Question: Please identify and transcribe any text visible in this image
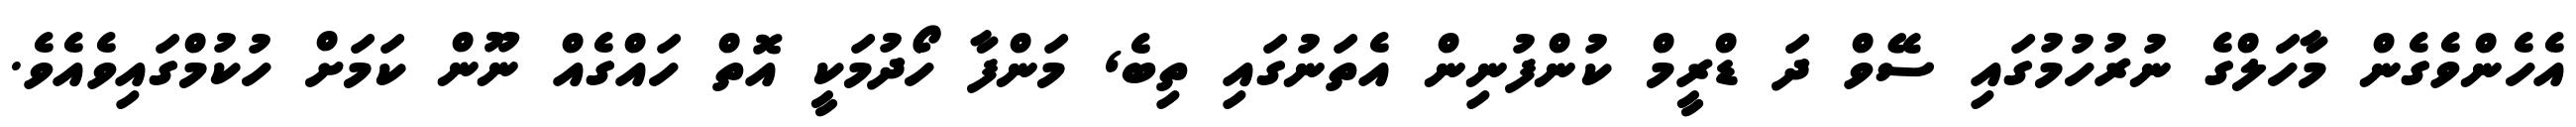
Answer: އެހެންވެގެން މާހަލްގެ ނުރުހުމުގައި ސޭވް ދަ ޑްރީމް ކުންފުނިން އެތަނުގައި ތިބެ, މަންފާ ހޯދުމަކީ އޮތް ހައްގެއް ނޫން ކަމަށް ހުކުމްގައިވެއެވެ.